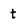
Character: t